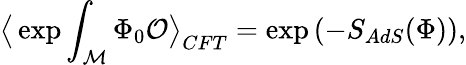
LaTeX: \big<\exp\int_{\cal M}\Phi_{0}{\cal O}\big>_{CFT}=\exp\left(-S_{AdS}(\Phi)\right),